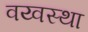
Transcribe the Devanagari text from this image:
वय्वस्था